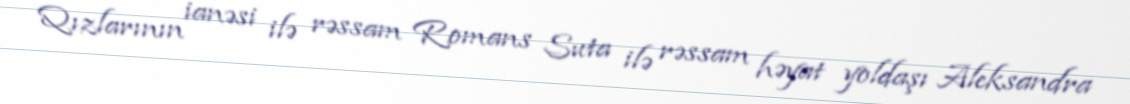
Qızlarının ianəsi ilə rəssam Romans Suta ilə rəssam həyat yoldaşı Aleksandra